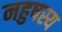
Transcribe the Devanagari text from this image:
नहुषस्य